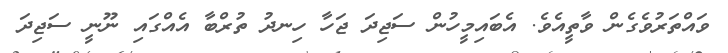
ވައްތަރުވެގެން ވާތީއެވެ. އެބައިމީހުން ސަޖިދަ ޖަހާ ހިނދު ތުރްބާ އެއްގައި ނޫނީ ސަޖިދަ